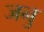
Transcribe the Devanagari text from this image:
जनु